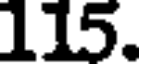
115.